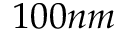
1 0 0 n m